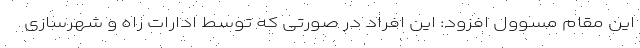
این مقام مسوول افزود: این افراد در صورتی که توسط ادارات راه و شهرسازی